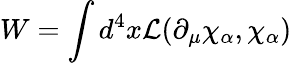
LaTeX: W=\int d^{4}x{\cal{L}}(\partial_{\mu}\chi_{\alpha},\chi_{\alpha})